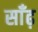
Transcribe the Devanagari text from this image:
साँढ़